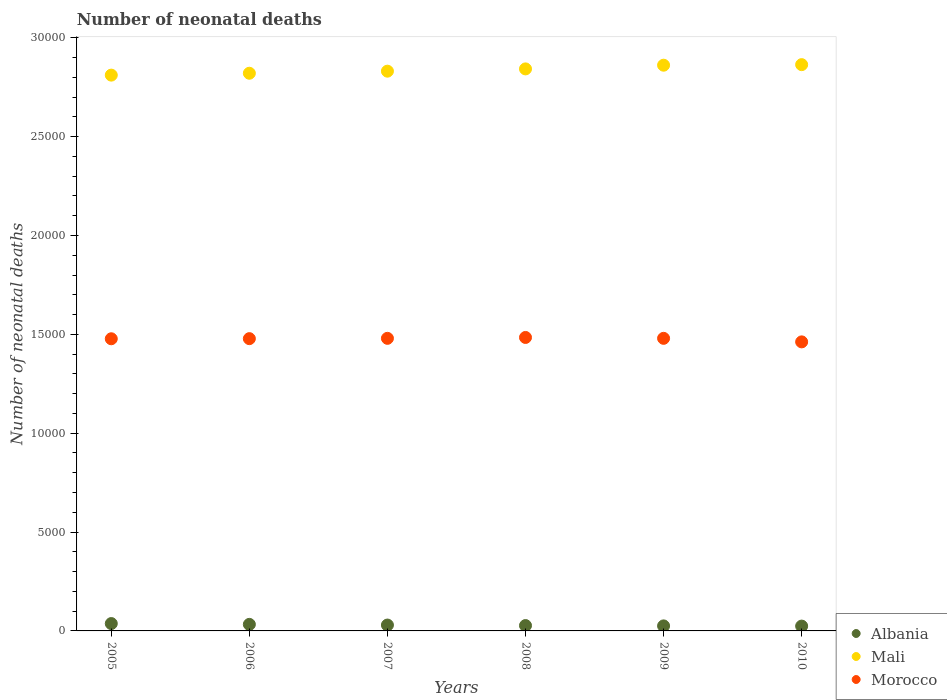
| Years | Albania | Mali | Morocco |
 | --- | --- | --- | --- |
 | 2005 | 372 | 2.81e+04 | 1.48e+04 |
 | 2006 | 331 | 2.82e+04 | 1.48e+04 |
 | 2007 | 297 | 2.83e+04 | 1.48e+04 |
 | 2008 | 271 | 2.84e+04 | 1.48e+04 |
 | 2009 | 254 | 2.86e+04 | 1.48e+04 |
 | 2010 | 244 | 2.86e+04 | 1.46e+04 |